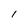
Character: l